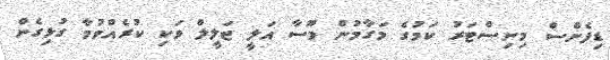
ޑިފެންސް މިނިސްޓަރު ކަމުގެ މަގާމުން މޫސާ އަލީ ޖަލީލް ވަކި ކުރެއްވުމާ ގުޅިގެން